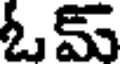
ఓమ్